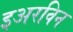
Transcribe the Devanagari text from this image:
इअरविन